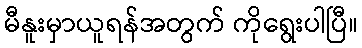
မီနူးမှာယူရန်အတွက် ကိုရွေးပါပြီ။